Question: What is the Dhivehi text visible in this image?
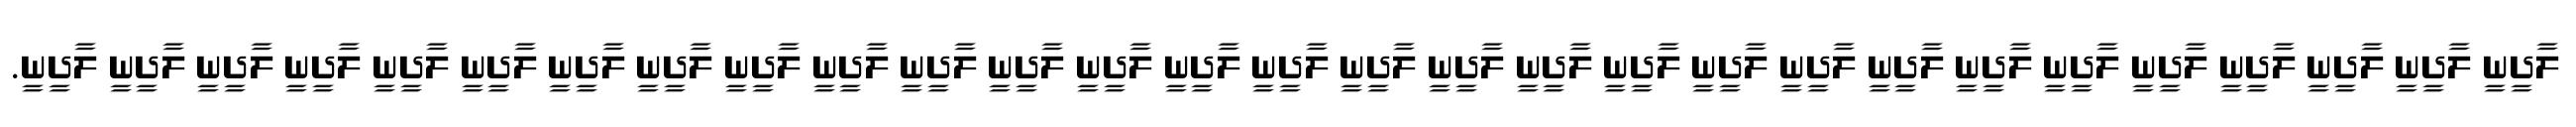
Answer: ލާދީނީ ލާދީނީ ލާދީނީ ލާދީނީ ލާދީނީ ލާދީނީ ލާދީނީ ލާދީނީ ލާދީނީ ލާދީނީ ލާދީނީ ލާދީނީ ލާދީނީ ލާދީނީ ލާދީނީ ލާދީނީ ލާދީނީ ލާދީނީ ލާދީނީ ލާދީނީ ލާދީނީ ލާދީނީ ލާދީނީ ލާދީނީ ލާދީނީ ލާދީނީ ލާދީނީ ލާދީނީ ލާދީނީ.